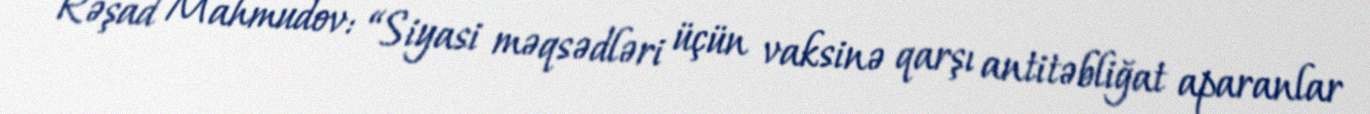
Rəşad Mahmudov: “Siyasi məqsədləri üçün vaksinə qarşı antitəbliğat aparanlar